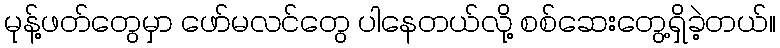
မုန့်ဖတ်တွေမှာ ဖော်မလင်တွေ ပါနေတယ်လို့ စစ်ဆေးတွေ့ရှိခဲ့တယ်။